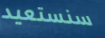
سنستعيد